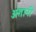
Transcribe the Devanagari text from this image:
अंतानी